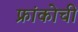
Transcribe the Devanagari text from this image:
फ्रांकोची